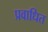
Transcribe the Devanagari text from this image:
प्रवाधित